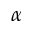
\alpha